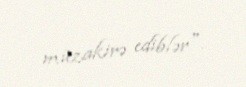
müzakirə ediblər".